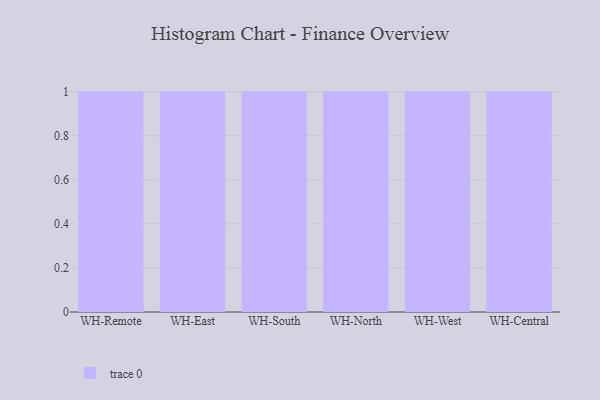
{"axis": {"x": "Warehouse", "y": "Production Output"}, "legend": [""], "data": [{"x": "WH-Remote", "y": 48, "type": ""}, {"x": "WH-East", "y": 49, "type": ""}, {"x": "WH-South", "y": 28, "type": ""}, {"x": "WH-North", "y": 81, "type": ""}, {"x": "WH-West", "y": 56, "type": ""}, {"x": "WH-Central", "y": 17, "type": ""}]}